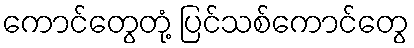
ကောင်တွေတုံ့ ပြင်သစ်ကောင်တွေ